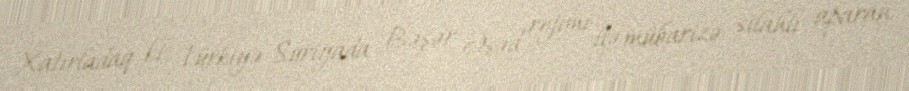
Xatırladaq ki, Türkiyə Suriyada Bəşər Əsəd rejimi ilə mübarizə silahlı aparan